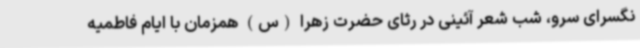
نگسرای سرو، شب شعر آئینی در رثای حضرت زهرا (س) همزمان با ایام فاطمیه